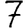
Digit: 7